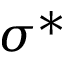
\sigma ^ { * }